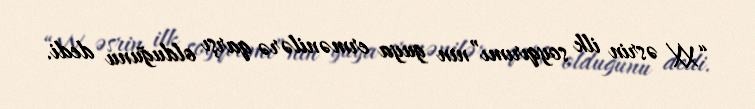
“XX əsrin ilk soyqırımı”nın guya ermənilərə qarşı olduğunu dedi.